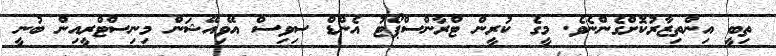
ތިބީ އިންތިޒާރުކޮށްގެންނެވެ. މީގެ ކުރީން ޓްރާންސްޕޯޓު އެންޑް ސިވިސް އޭވިއޭޝަން މިނިސްޓްރީއިން ބުނީ